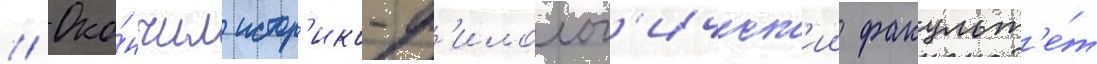
// Око́нчил истор'ико-ф'илолог'ическ'ии факульт'е́т